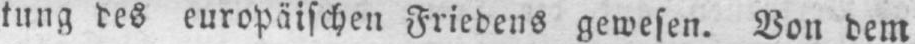
tung des europäischen Friedens gewesen. Von dem